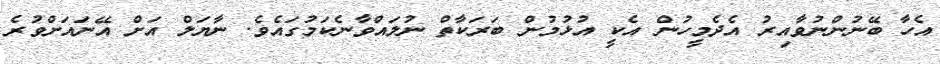
އެހާ ބޭނުންނުވާއިރު އެދެމީހުން އެކީ އުޅުމުން ބަރަކާތް ނުލައްވާނެކަމުގައެވެ. ނާޔަލް އަށް އޭނައަށްވުރެ